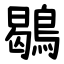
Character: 鶡